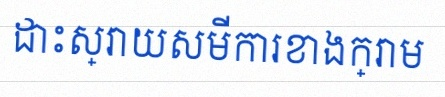
ដោះស្រាយសមីការខាងក្រោម